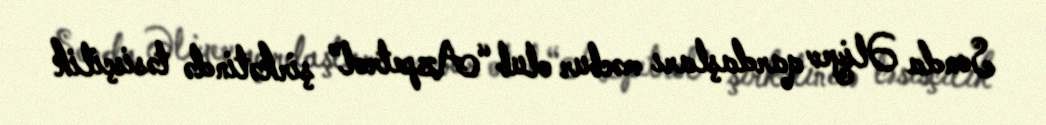
Sonda Əliyev qardaşları məcbur olub “Azpetrol” şirkətində təsisçilik